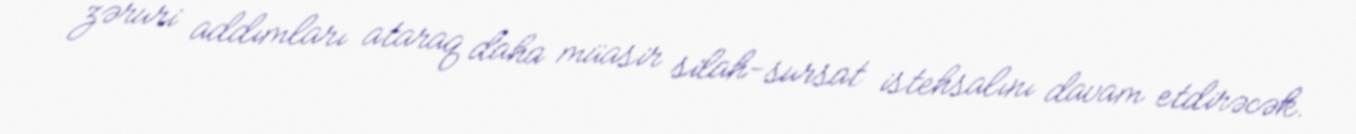
zəruri addımları ataraq daha müasir silah-sursat istehsalını davam etdirəcək.